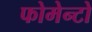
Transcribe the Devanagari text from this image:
फोमेन्टो